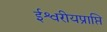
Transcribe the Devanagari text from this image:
ईश्वरीयप्राप्ति